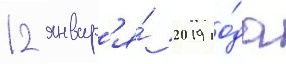
12 январ'я́ 2019 го́да